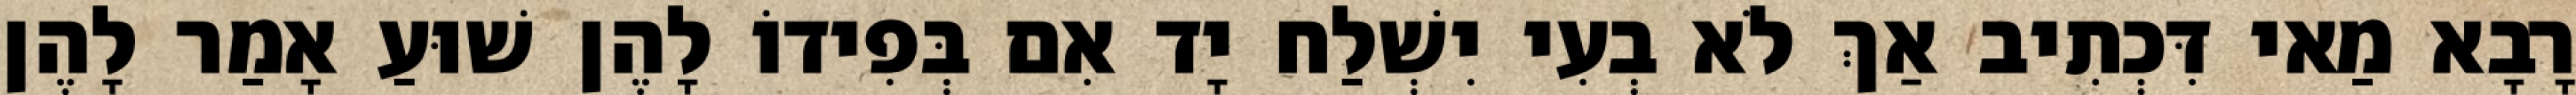
רָבָא מַאי דִּכְתִיב אַךְ לֹא בְעִי יִשְׁלַח יָד אִם בְּפִידוֹ לָהֶן שׁוּעַ אָמַר לָהֶן